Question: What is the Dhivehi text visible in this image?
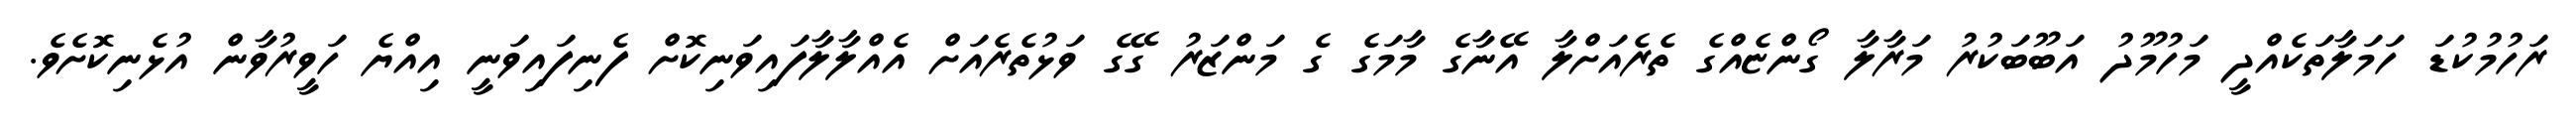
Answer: ރަހުމުކުޑަ ހަމަލާތަކެއްދީ މަހުމޫދު އަބޫބަކުރު މަރާލާ ގޯންޏެއްގެ ތެރެއަށްލާ އޭނާގެ މާމަގެ ގެ މަންޒަރު ގޭގެ ވަޅުތެރެއަށް އެއްލާލާފައިވަނިކޮށް ފެނިފައިވަނީ އިއްޔެ ހަވީރުވާން އުޅެނިކޮށެވެ.